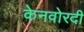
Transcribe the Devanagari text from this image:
केनवोरदी